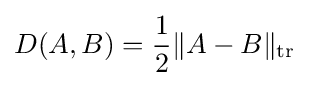
D(A,B)={\frac {1}{2}}\|A-B\|_{\rm {tr}}